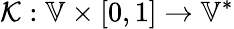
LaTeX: \mathcal{K}:\mathbb{V}\times[0,1]\to\mathbb{V}^{*}